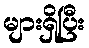
များရှိပြီး